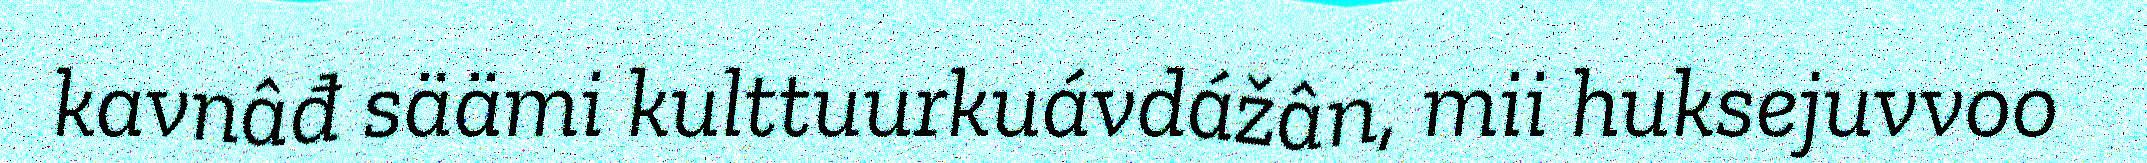
kavnâđ säämi kulttuurkuávdážân, mii huksejuvvoo